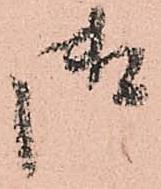
御